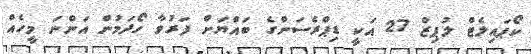
ކޯޕައިލެޓް ލުޕިޒް 27 އަކީ ޑިޕްރެސަންގެ ބައްޔަށް ފަރުވާ ހޯދަމުން އަންނަ މީހެއް